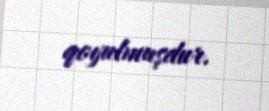
qoyulmuşdur.